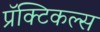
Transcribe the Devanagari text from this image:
प्रॅक्टिकल्स